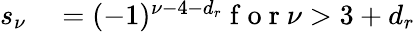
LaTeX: \begin{array}{rl}{s_{\nu}}&{{}=(-1)^{\nu-4-d_{r}}\mathrm{~f~o~r~}\nu>3+d_{r}}\end{array}